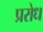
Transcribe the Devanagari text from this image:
प्ररोध